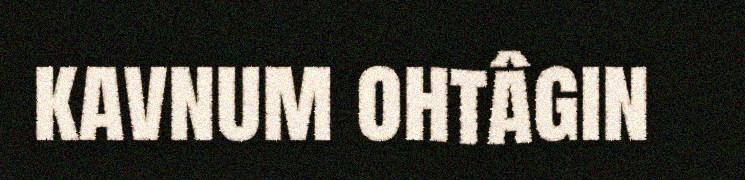
kavnum ohtâgin